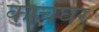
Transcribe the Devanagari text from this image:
काचघर